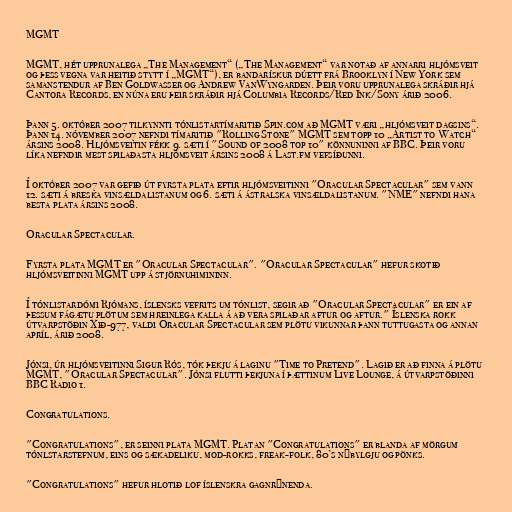
MGMT

MGMT, hét upprunalega „The Management“ („The Management“ var notað af annarri hljómsveit
og þess vegna var heitið stytt í „MGMT“), er bandarískur dúett frá Brooklyn í New York sem
samanstendur af Ben Goldwasser og Andrew VanWyngarden. Þeir voru upprunalega skráðir hjá
Cantora Records, en núna eru þeir skráðir hjá Columbia Records/Red Ink/Sony árið 2006.

Þann 5. október 2007 tilkynnti tónlistartímaritið Spin.com að MGMT væri „hljómsveit dagsins“.
Þann 14. nóvember 2007 nefndi tímaritið "Rolling Stone" MGMT sem topp 10 „Artist to Watch“
ársins 2008. Hljómsveitin fékk 9. sæti í "Sound of 2008 top 10" könnuninni af BBC. Þeir voru
líka nefndir mest spilaðasta hljómsveit ársins 2008 á Last.fm vefsíðunni.

Í október 2007 var gefið út fyrsta plata eftir hljómsveitinni "Oracular Spectacular" sem vann
12. sæti á breska vinsældalistanum og 6. sæti á ástralska vinsældalistanum. "NME" nefndi hana
besta plata ársins 2008.

Oracular Spectacular.

Fyrsta plata MGMT er "Oracular Spectacular". "Oracular Spectacular" hefur skotið
hljómsveitinni MGMT upp á stjörnuhimininn.

Í tónlistardómi Rjómans, íslensks vefrits um tónlist, segir að "Oracular Spectacular" er ein af
þessum fágætu plötum sem hreinlega kalla á að vera spilaðar aftur og aftur." Íslenska rokk
útvarpstöðin Xið-977, valdi Oracular Spectacular sem plötu vikunnar þann tuttugasta og annan
apríl, árið 2008.

Jónsi, úr hljómsveitinni Sigur Rós, tók þekju á laginu "Time to Pretend". Lagið er að finna á plötu
MGMT, "Oracular Spectacular". Jónsi flutti þekjuna í þættinum Live Lounge, á útvarpstöðinni
BBC Radio 1.

Congratulations.

"Congratulations", er seinni plata MGMT. Platan "Congratulations" er blanda af mörgum
tónlstarstefnum, eins og sækadeliku, mod-rokks, freak-folk, 80’s nýbylgju og pönks.

"Congratulations" hefur hlotið lof íslenskra gagnrýnenda.